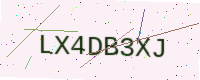
Text: LX4DB3XJ